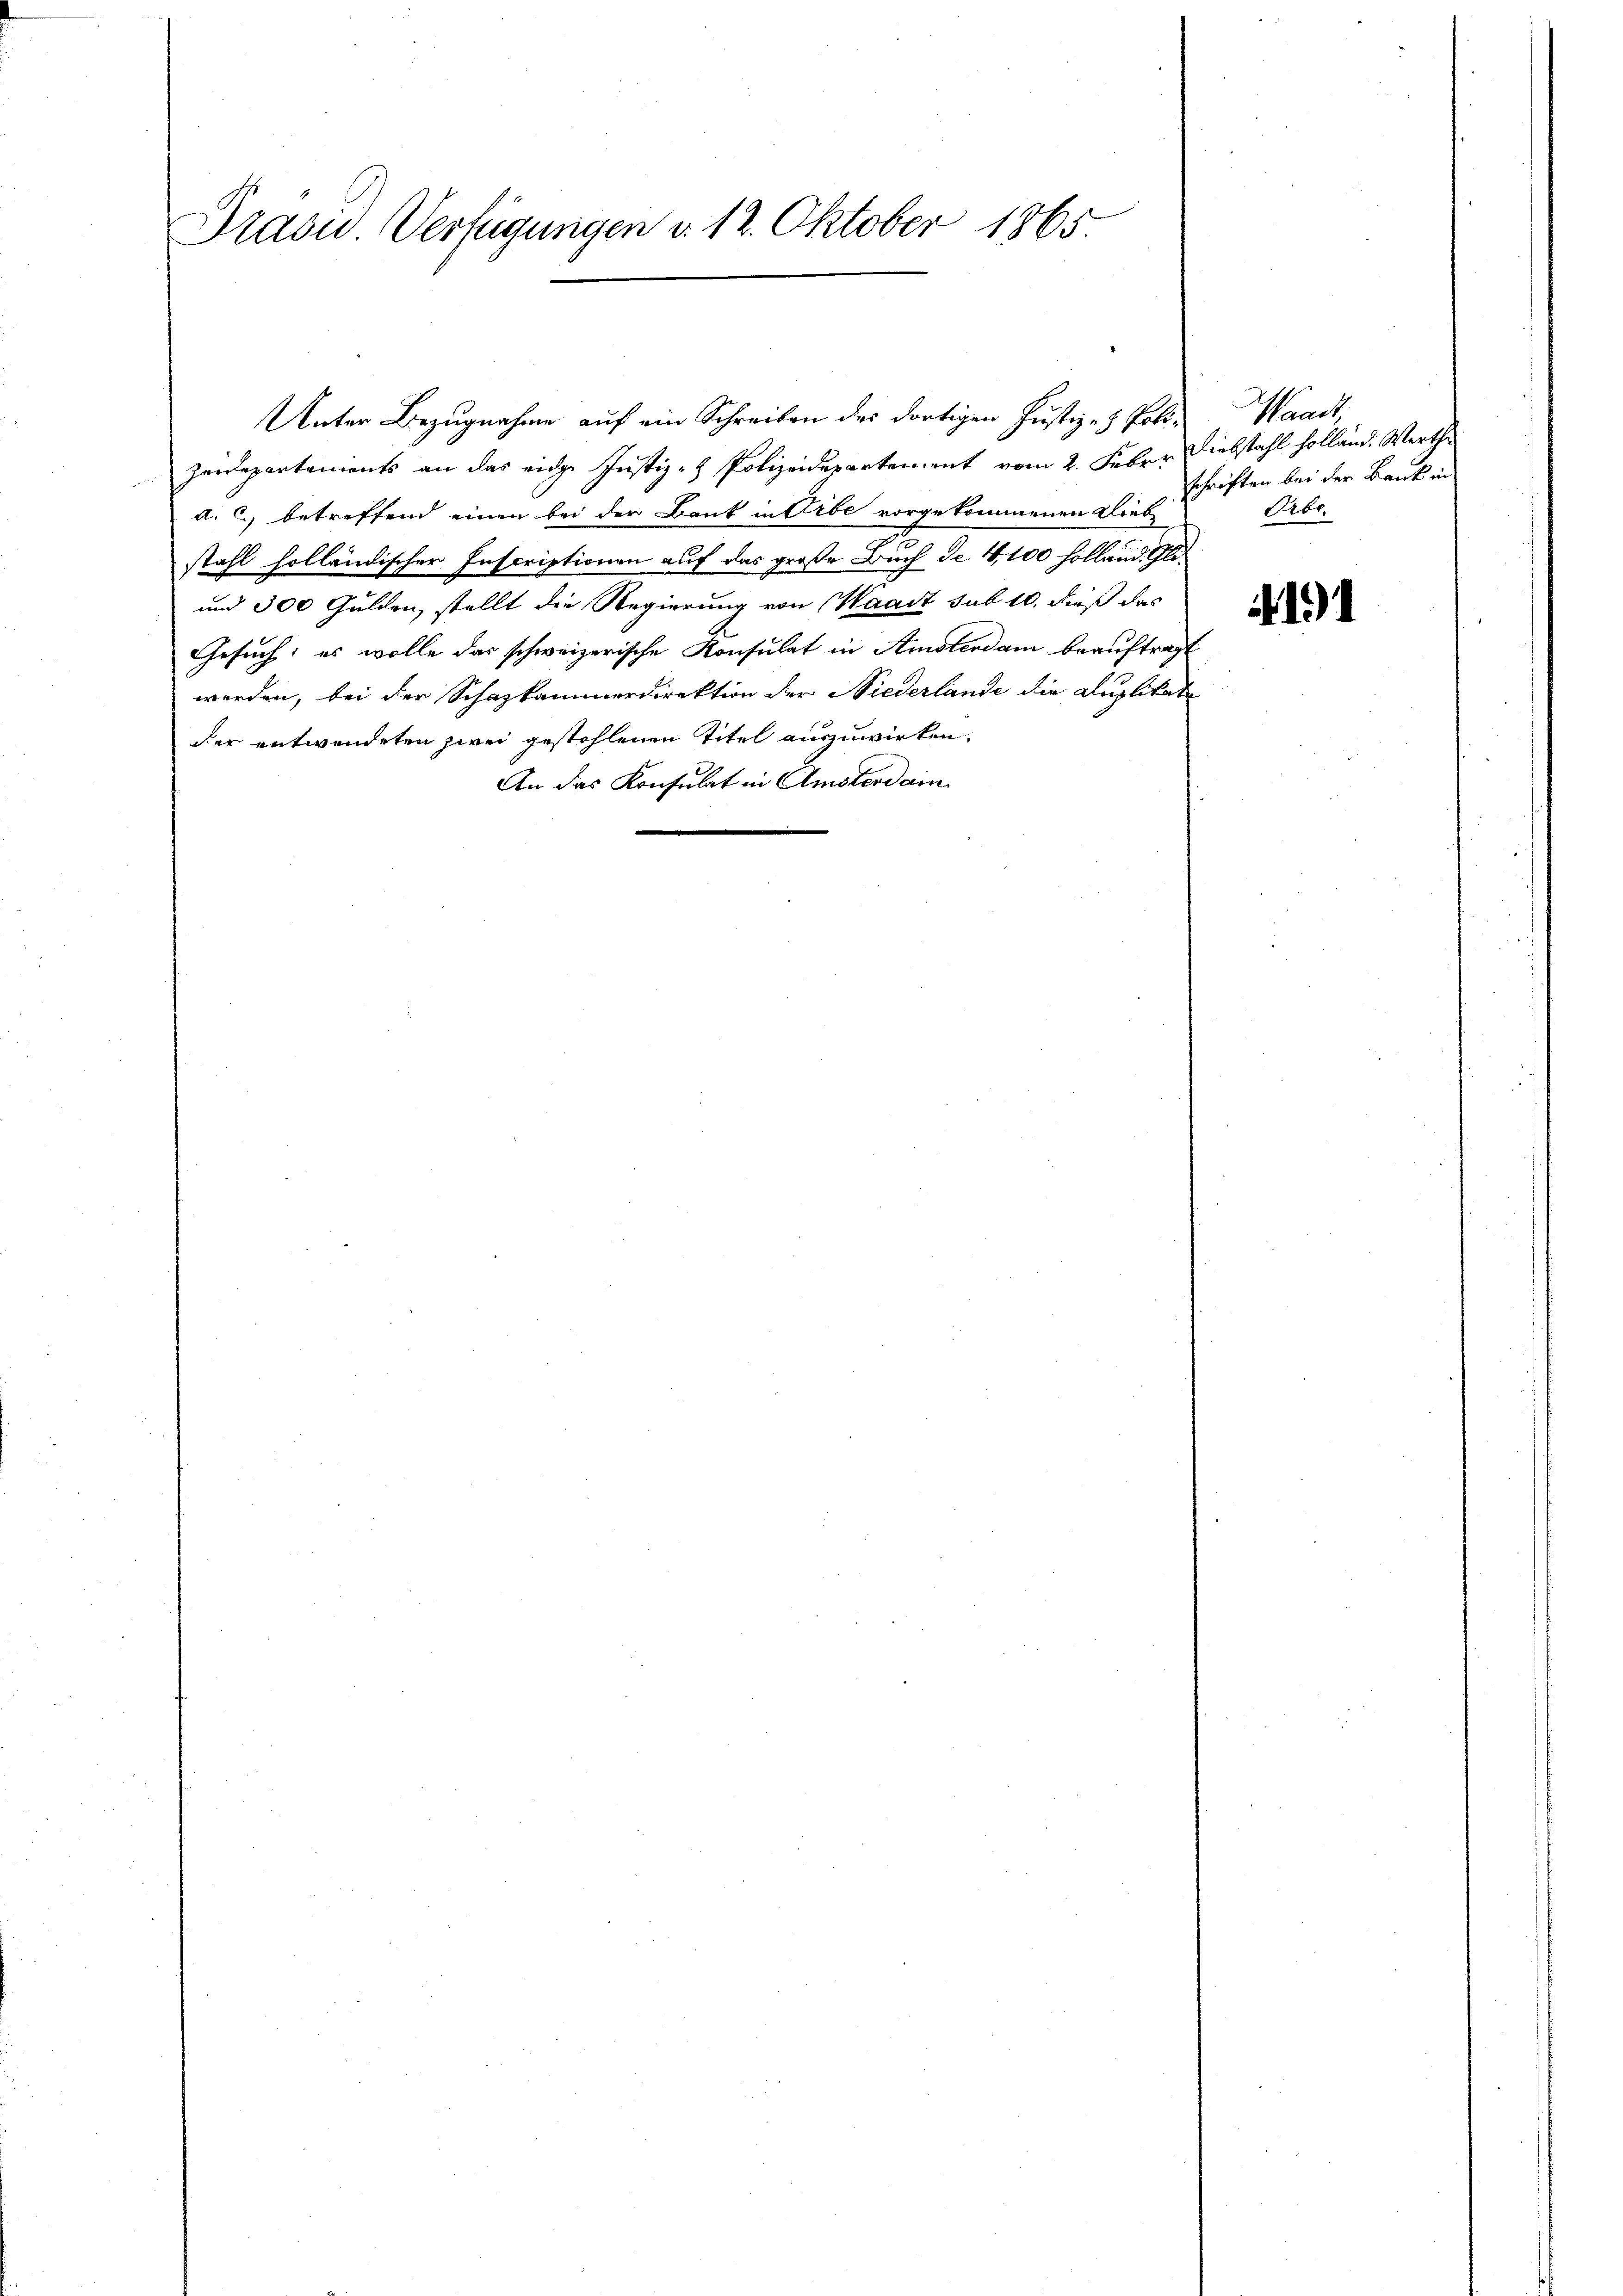
Präsid. Verfügungen d. 12. Oktober 1865

Unter Bezugnahme auf ein Schreiben des dortigen Justiz- & Polizeidepartements an das eidge Justiz- & Polizeidepartement vom 2. Febr. Diebstahl holland. Werthe
d. c. betreffend einen bei der Bank in Erbe vorgekommenen Lieb
stahl holländischer Inscriptionen auch das große Buch de 4100 Holland. Gli¬
und 300 Gulden, stellt die Regierung von Waadt sub 10. dieß das
Gesuch: es wolle das schweizerische Konsulat in Amsterdam beauftragt
werden, bei der Schazkammerdirektion der Niederlande die Auslitate
der entwendeten zwei gestohlenen Titel auszuwirken.
An das Konsulat in Amsterdam

Waadt,
schriften bei der Bank in
Libe
4191